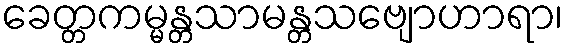
ခေတ္တကမ္မန္တသာမန္တသဗျောဟာရာ၊